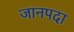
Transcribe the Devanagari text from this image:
जानपदा